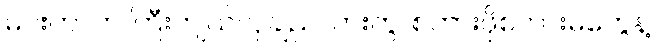
မင်းဟာက ကြီးကျယ်လှချည်လားကွ၊ စကားဖိုစကားမတွေနဲ့